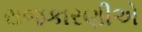
રાજકારણીએ